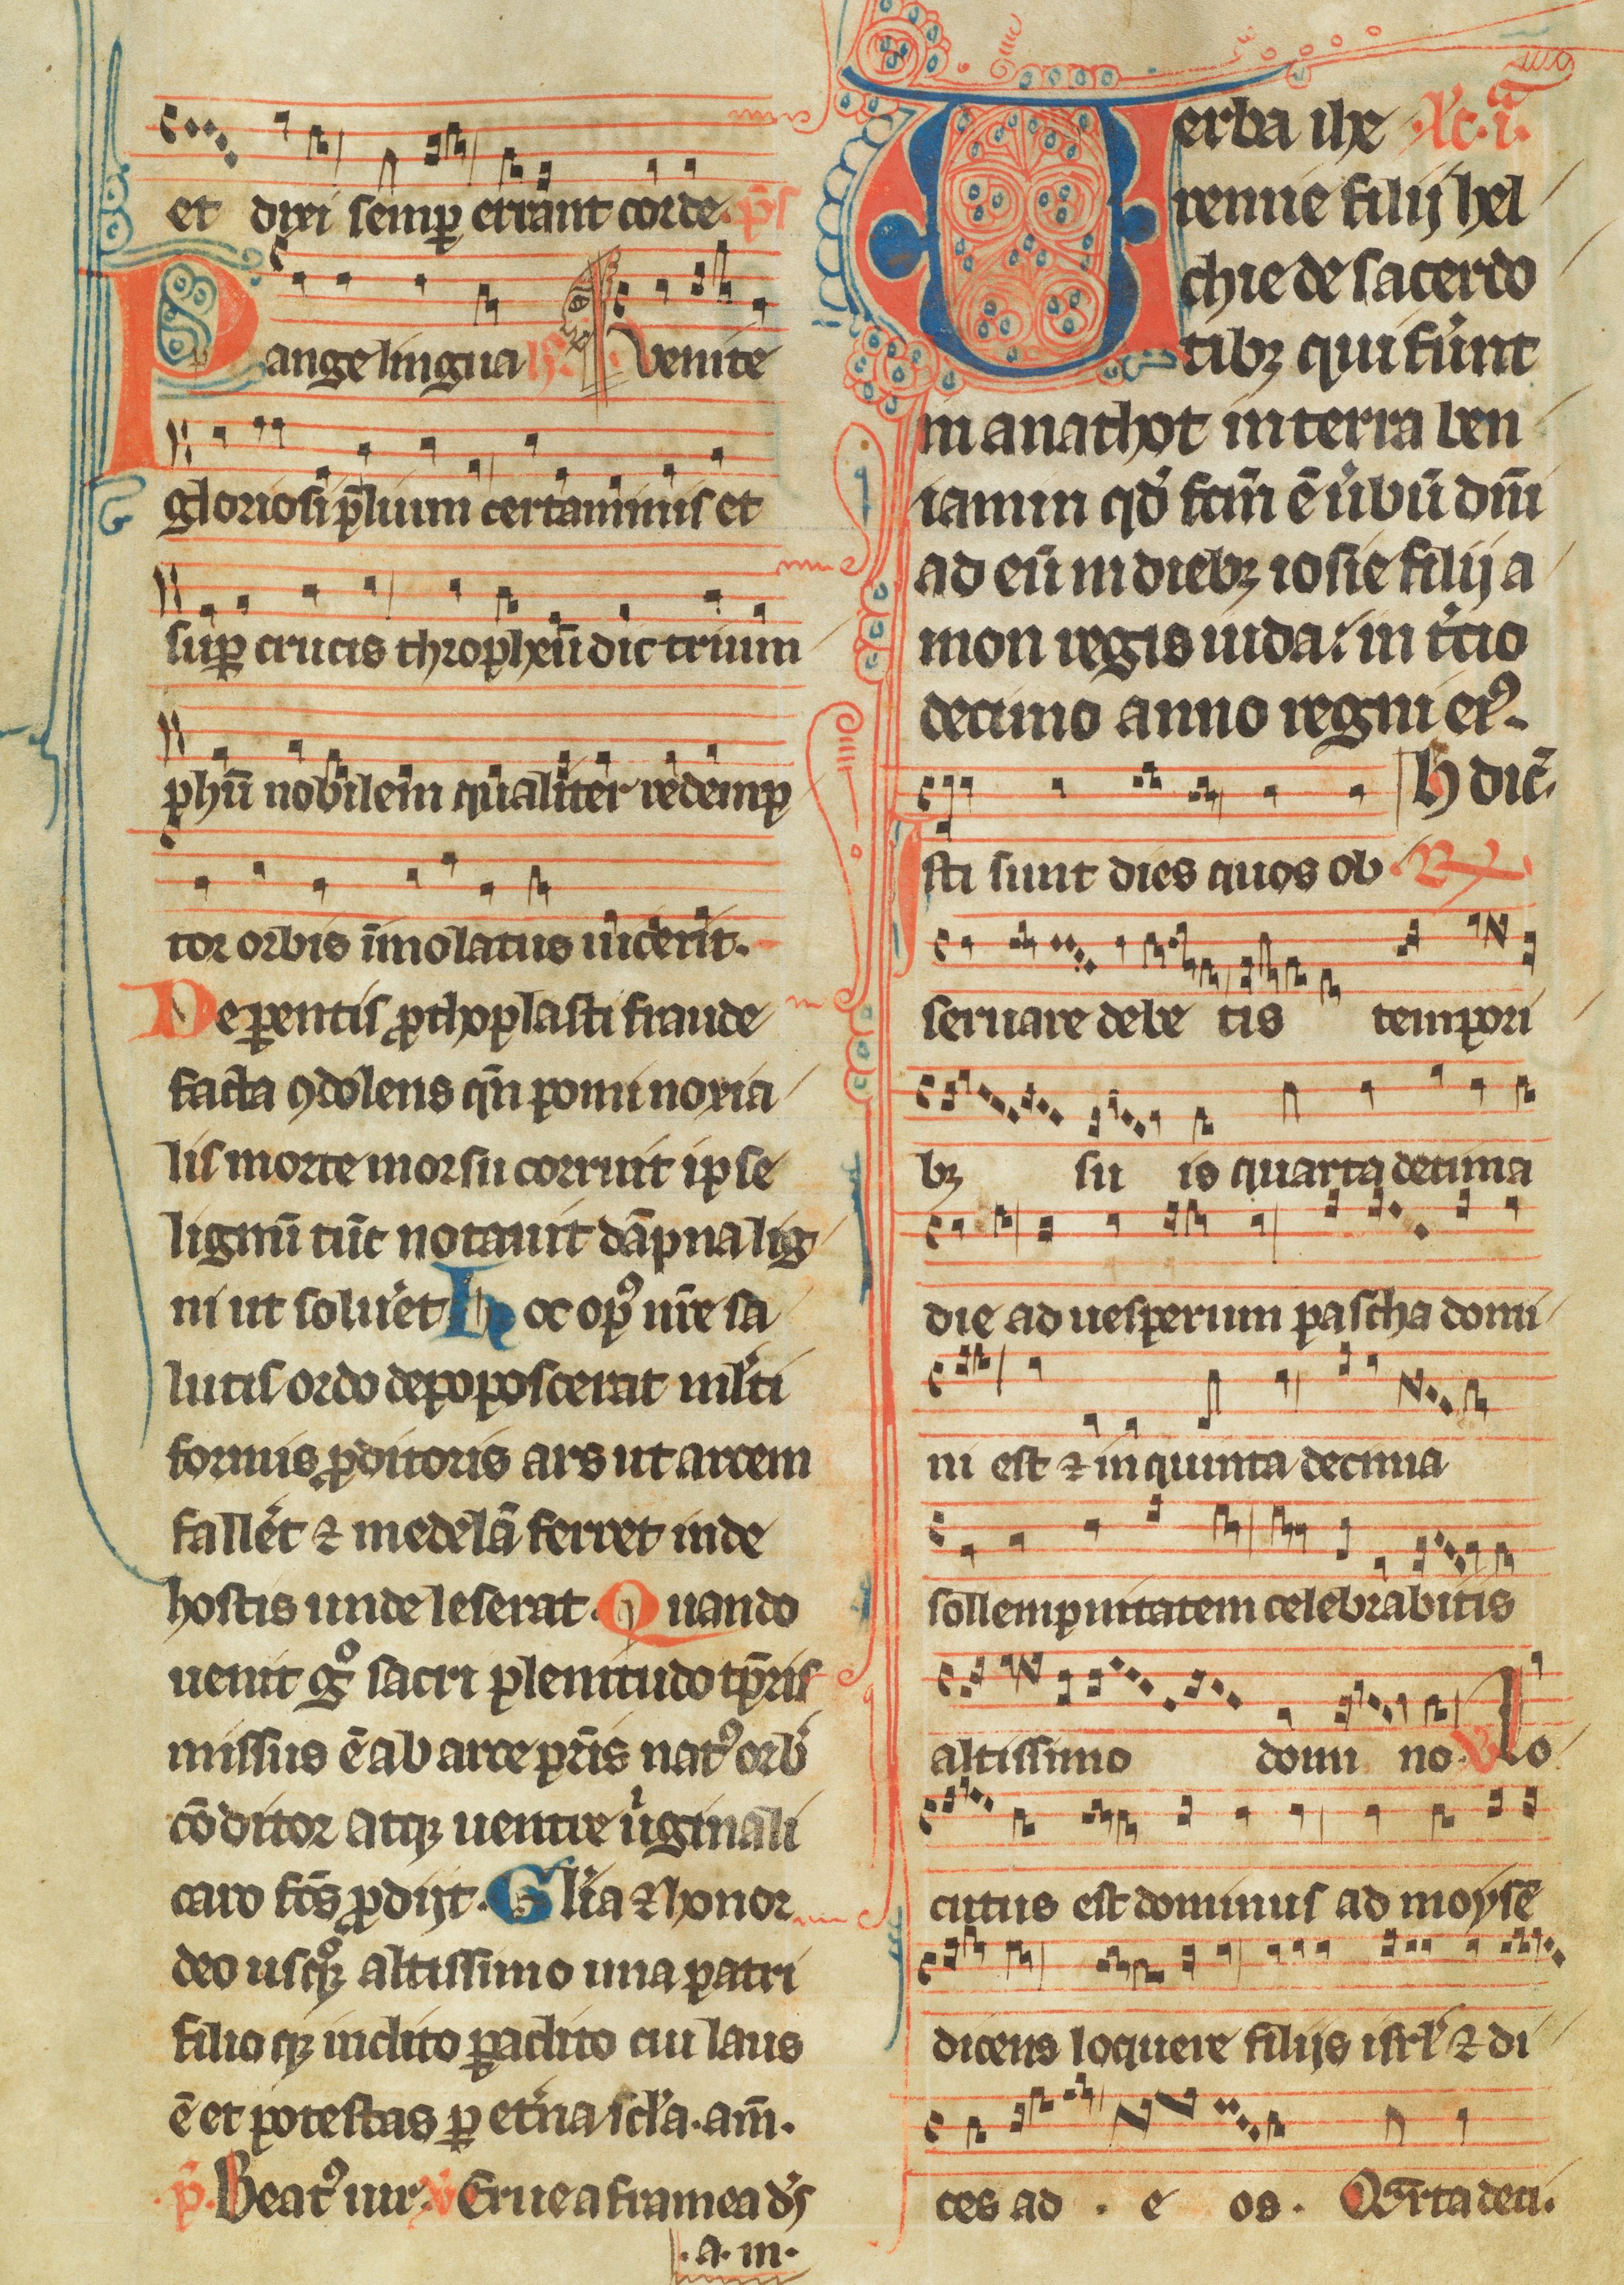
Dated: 1300–1349